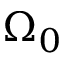
\Omega _ { 0 }